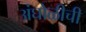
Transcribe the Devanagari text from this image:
अंघोळीची